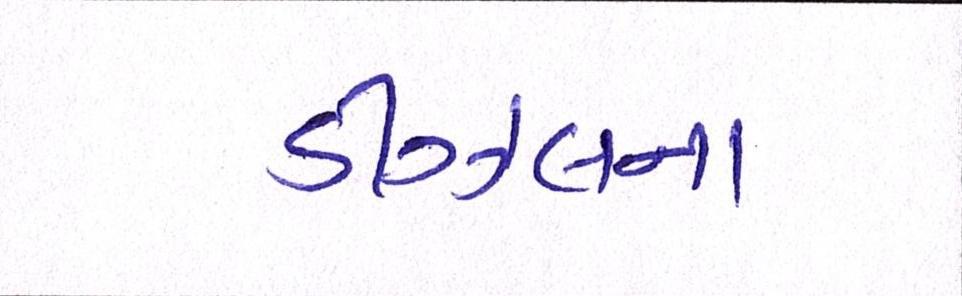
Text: ડીઝલના